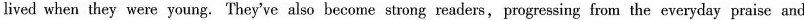
lived when they were young. They've also become strong readers,progressing from the everyday praise and